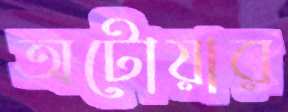
অটোয়ার